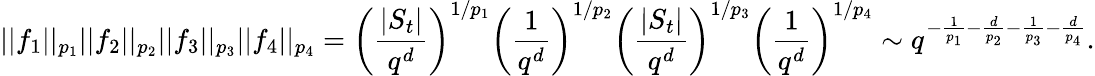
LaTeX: ||f_{1}||_{p_{1}}||f_{2}||_{p_{2}}||f_{3}||_{p_{3}}||f_{4}||_{p_{4}}=\left(\frac{|S_{t}|}{q^{d}}\right)^{1/p_{1}}\left(\frac{1}{q^{d}}\right)^{1/p_{2}}\left(\frac{|S_{t}|}{q^{d}}\right)^{1/p_{3}}\left(\frac{1}{q^{d}}\right)^{1/p_{4}}\sim q^{-\frac{1}{p_{1}}-\frac{d}{p_{2}}-\frac{1}{p_{3}}-\frac{d}{p_{4}}}.